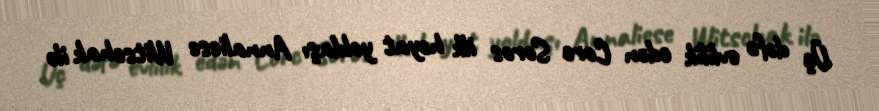
Üç dəfə evlilik edən Corc Soros ilk həyat yoldaşı Annaliese Witschak ilə